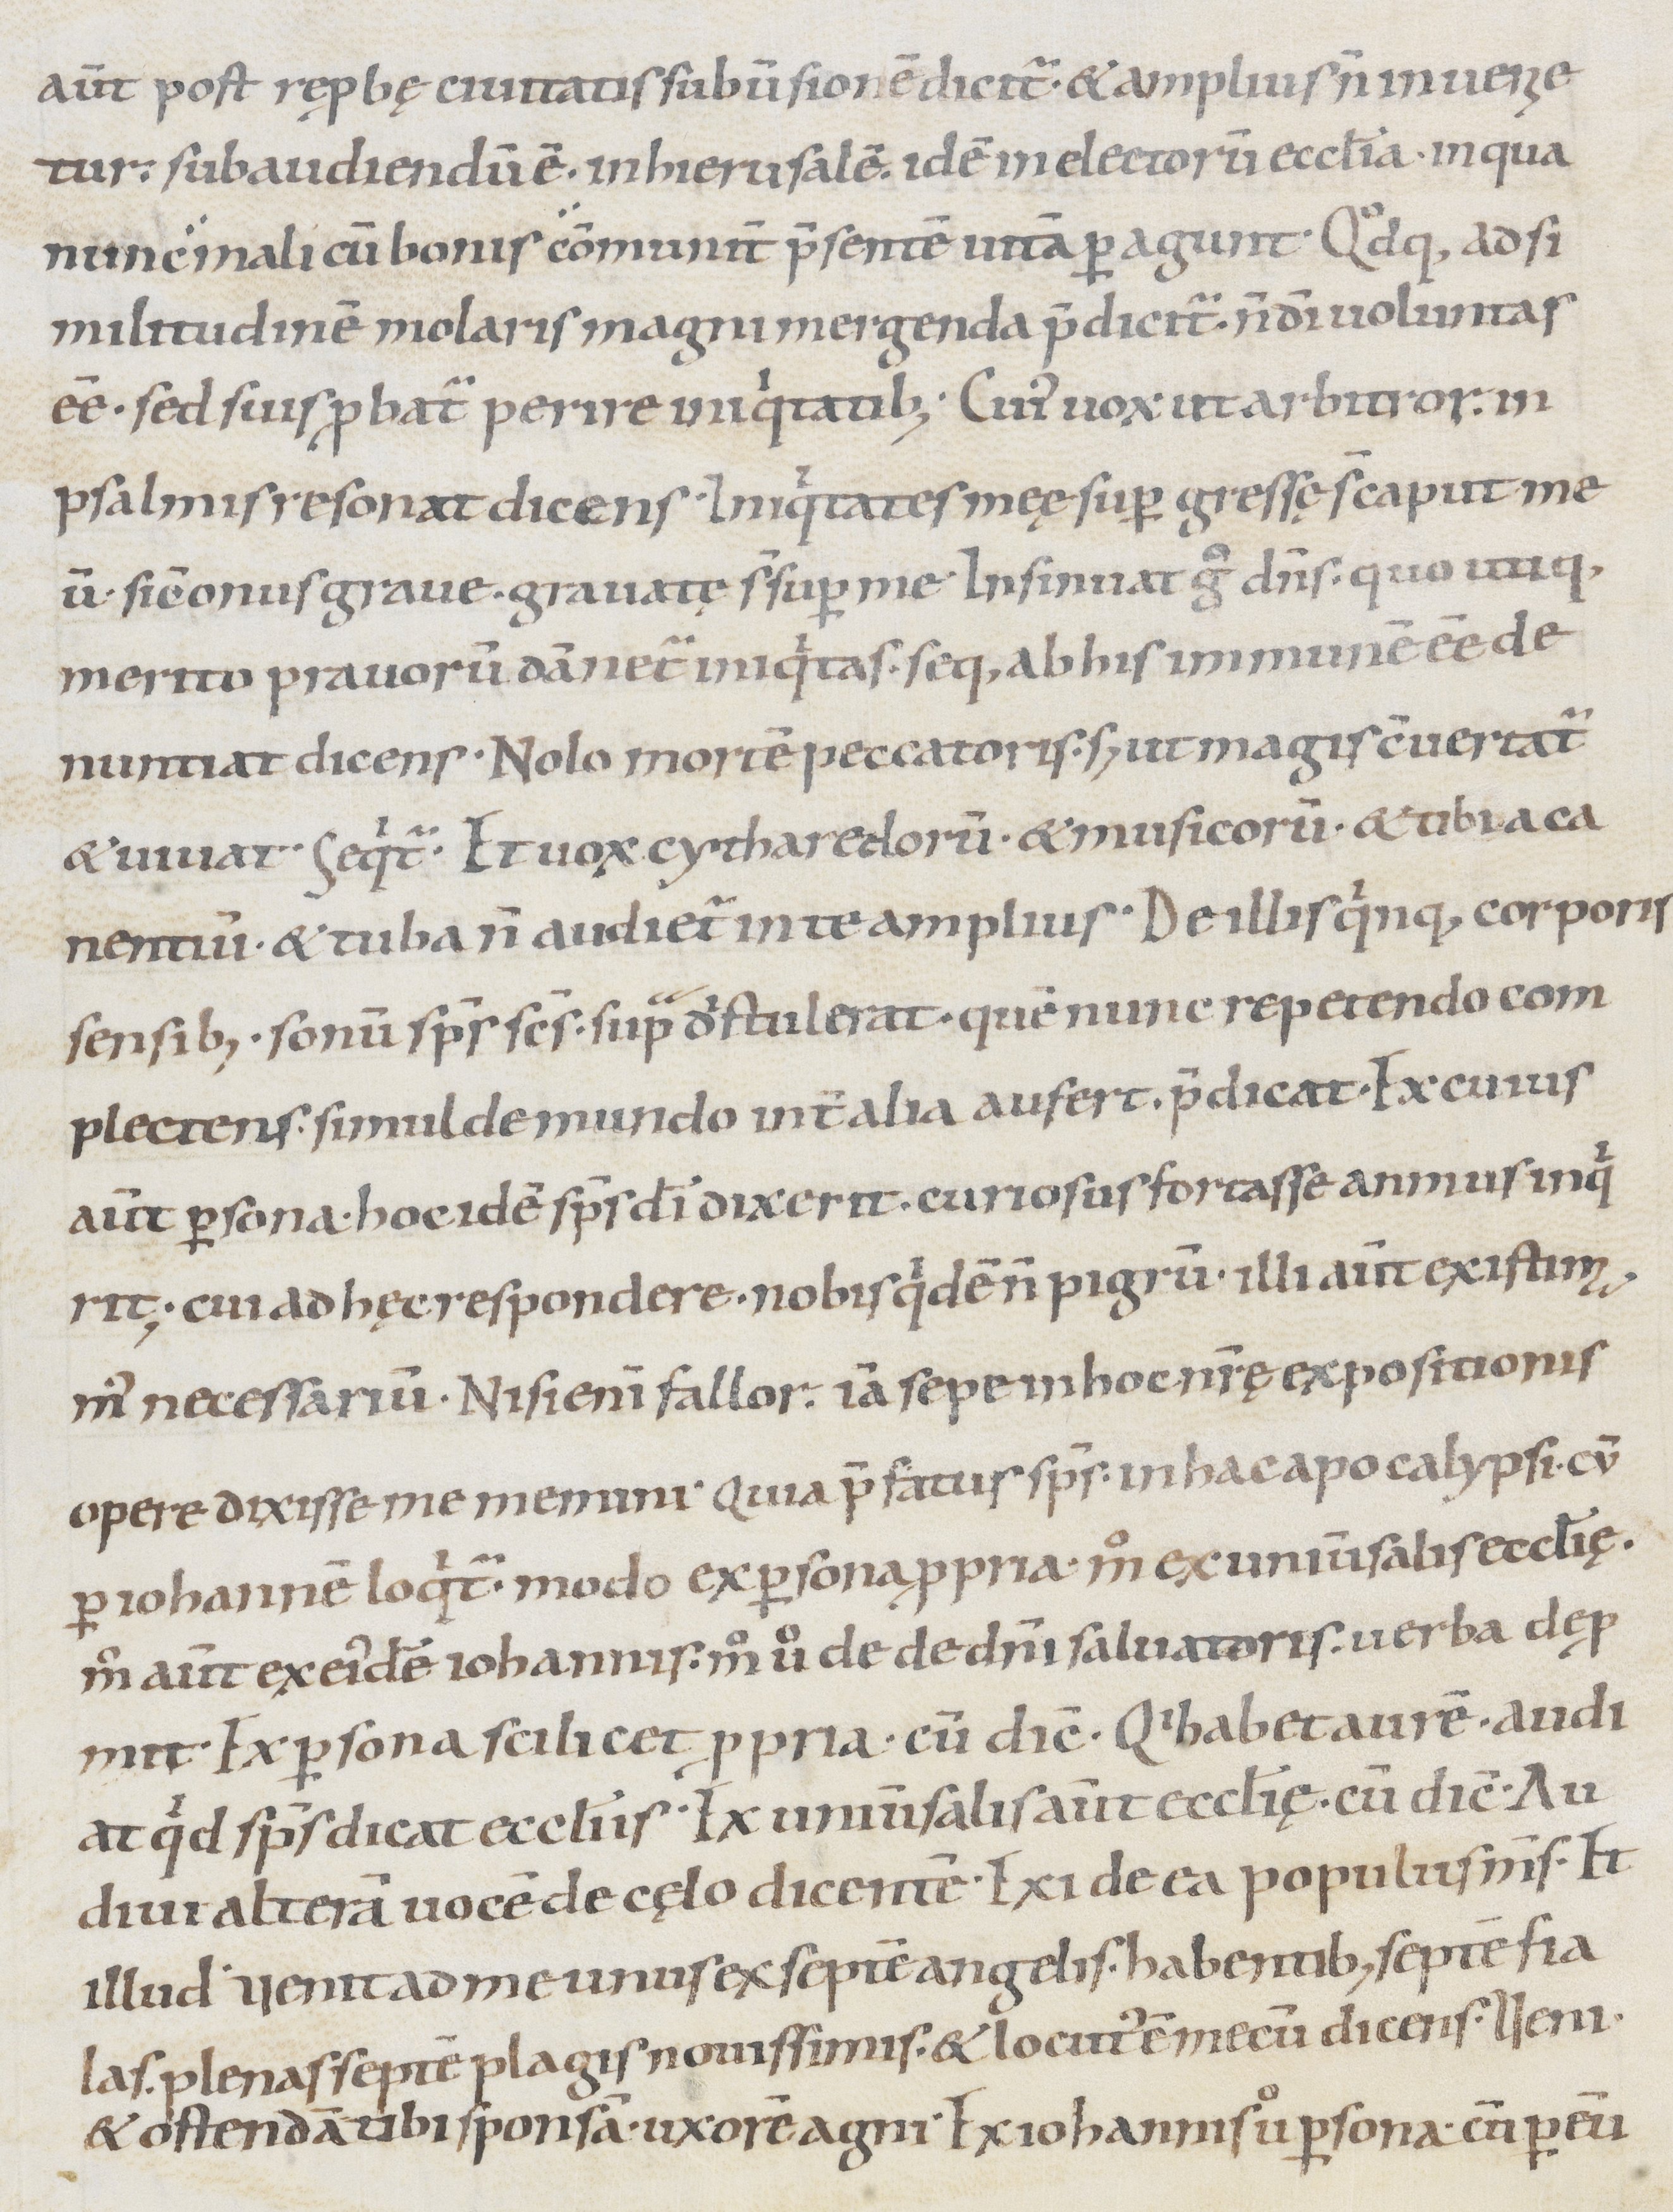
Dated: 1000–1099